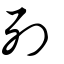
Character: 列